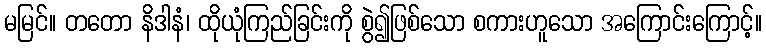
မမြင်။ တတော နိဒါနံ၊ ထိုယုံကြည်ခြင်းကို စွဲ၍ဖြစ်သော စကားဟူသော အကြောင်းကြောင့်။